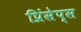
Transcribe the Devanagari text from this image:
प्रिंसेप्स